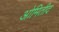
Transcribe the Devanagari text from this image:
ओमितीद